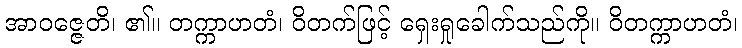
အာဝဇ္ဇေတိ၊ ၏။ တက္ကာဟတံ၊ ဝိတက်ဖြင့် ရှေးရှုခေါက်သည်ကို။ ဝိတက္ကာဟတံ၊